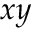
x y